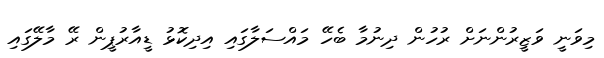
މިވަނީ ވަޒީރުންނަށް ރުހުން ދިނުމާ ބެހޭ މައްސަލާގައި އިދިކޮޅު ޑީއާރުޕީން ރޭ މާލޭގައި